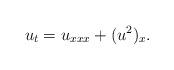
LaTeX: \begin{align*}u_t=u_{xxx}+(u^2)_x.\end{align*}